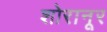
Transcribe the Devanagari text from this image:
शोरानूर